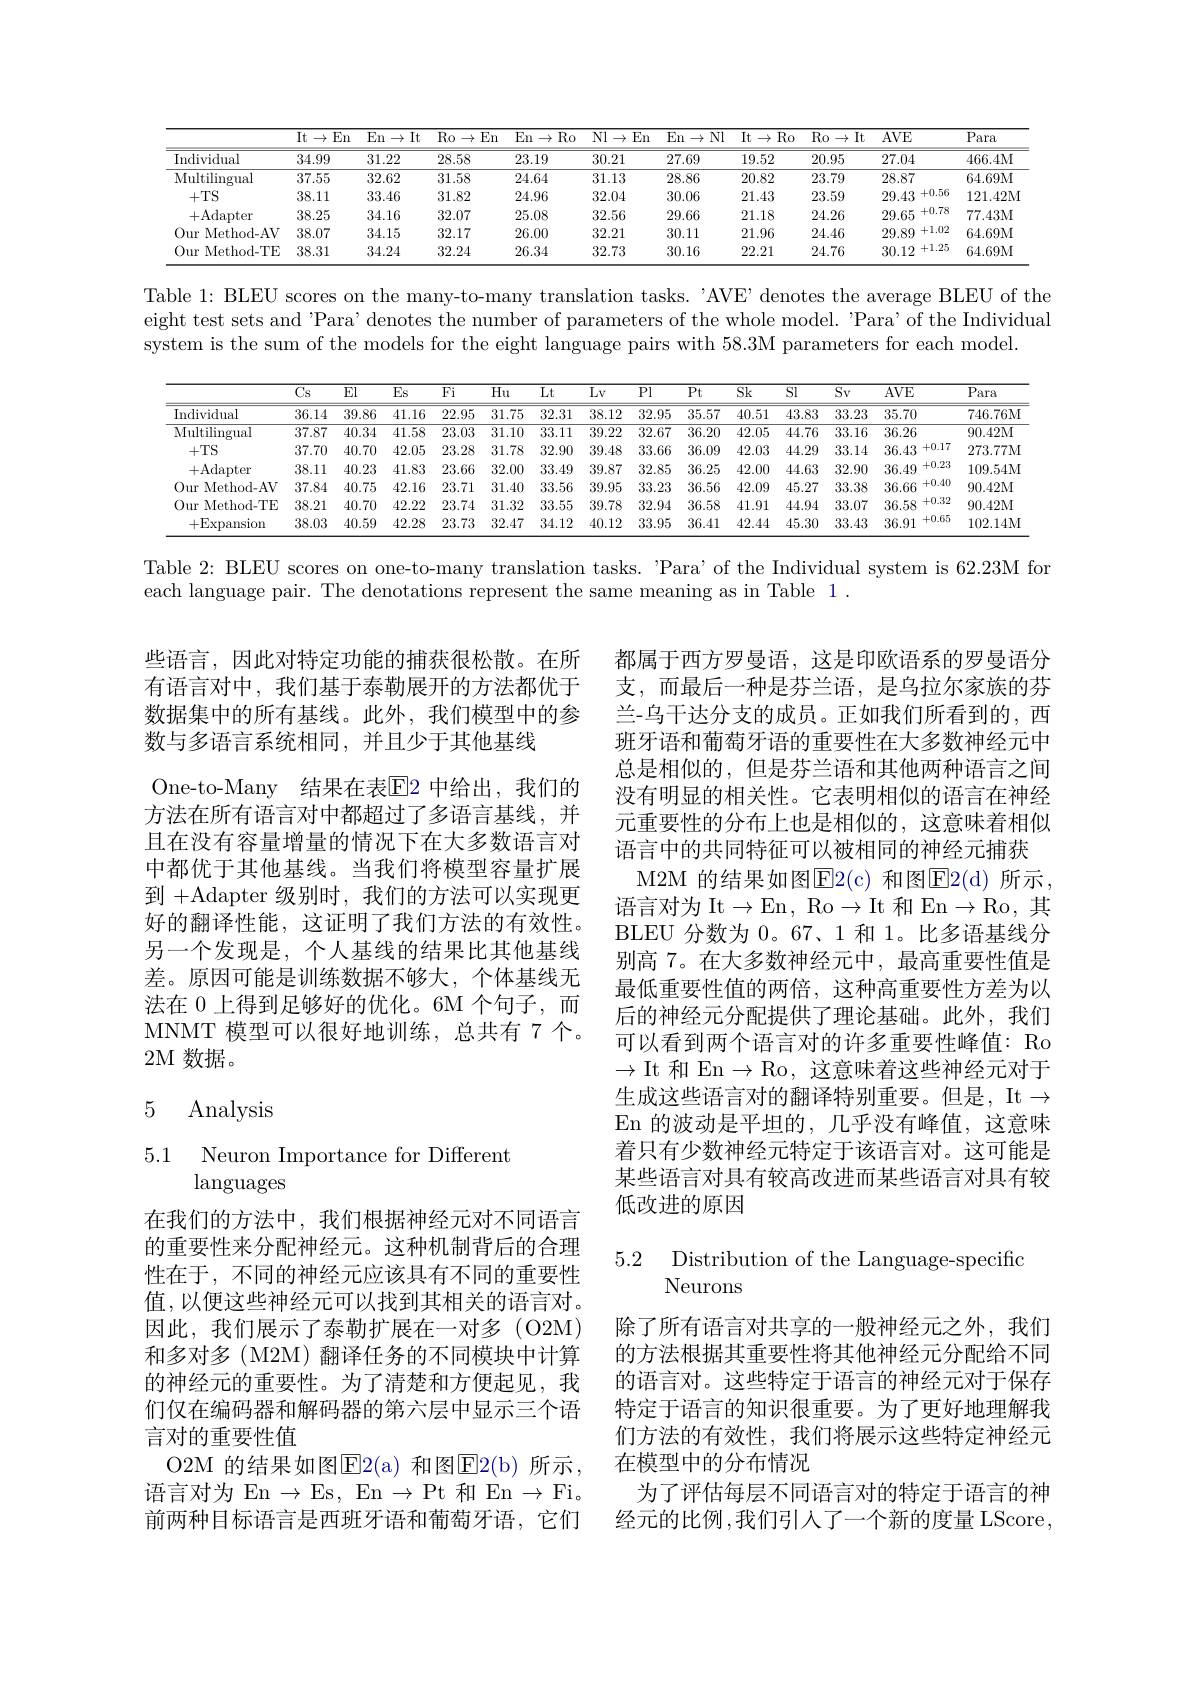
<table>
	<tbody>
		<tr>
			<th> </th>
			<th>$\overline{\mathrm{It}\rightarrow}$ En $=\frac{1}{2}$ </th>
			<th>$\overline{\mathrm{En}\to\mathrm{It}}$</th>
			<th>$\overline{\mathrm{Ro}\rightarrow}$ En</th>
			<th>$\overline{\mathrm{En}\rightarrow}$ $Ro$</th>
			<th>$\overline{\mathrm{Nl}\to}$ $\operatorname{En}$</th>
			<th>En $Nl$ $\rightarrow$</th>
			<th>$\overline{\mathrm{It}\rightarrow}$ Ro</th>
			<th>$\overline{\mathrm{Ro}\to\mathrm{It}}$</th>
			<th>$AVE$</th>
			<th>$\overline{\text{Para}}$</th>
		</tr>
		<tr>
			<td>Individual</td>
			<td>34.99</td>
			<td>31.22</td>
			<td>28.58</td>
			<td>23.19</td>
			<td>30.21</td>
			<td>27.69</td>
			<td>19.52</td>
			<td>20.95</td>
			<td>27.04</td>
			<td>466.4M</td>
		</tr>
		<tr>
			<td>Multilingual</td>
			<td>37.55</td>
			<td>32.62</td>
			<td>31.58</td>
			<td>24.64</td>
			<td>31.13</td>
			<td>28.86</td>
			<td>20.82</td>
			<td>23.79</td>
			<td>28.87</td>
			<td>64.69M</td>
		</tr>
		<tr>
			<td>+TS</td>
			<td>38.11</td>
			<td>33.46</td>
			<td>31.82</td>
			<td>24.96</td>
			<td>32.04</td>
			<td>30.06</td>
			<td>21.43</td>
			<td>23.59</td>
			<td>+0.56 29.43</td>
			<td>121.42M</td>
		</tr>
		<tr>
			<td>+Adapter</td>
			<td>38.25</td>
			<td>34.16</td>
			<td>32.07</td>
			<td>25.08</td>
			<td>32.56</td>
			<td>29.66</td>
			<td>21.18</td>
			<td>24.26</td>
			<td>+0.78 29.65</td>
			<td>77.43M</td>
		</tr>
		<tr>
			<td>Our Method- AV 11</td>
			<td>38.07</td>
			<td>34.15</td>
			<td>32.17</td>
			<td>26.00</td>
			<td>32.21</td>
			<td>30.11</td>
			<td>21.96</td>
			<td>24.46</td>
			<td>+1.02 29.89</td>
			<td>64.69M</td>
		</tr>
		<tr>
			<td>Our Method- TE </td>
			<td>38.31</td>
			<td>34.24</td>
			<td>32.24</td>
			<td>26.34</td>
			<td>32.73</td>
			<td>30.16</td>
			<td>22.21</td>
			<td>24.76</td>
			<td>+1.25 30.12</td>
			<td>64.69M</td>
		</tr>
	</tbody>
</table>

Table 1: BLEU scores on the many-to-many translation tasks. 'AVE’denotes the average BLEU of the eight test sets and 'Para’denotes the number of parameters of the whole model. "Para’of the Individual system is the sum of the models for the eight language pairs with 58.3M parameters for each model.

<FigureHere>

Table 2: BLEU scores on one-to-many translation tasks. 'Para’of the Individual system is 62.23M for

each language pair. The denotations represent the same meaning as in Table 1 .

些语言，因此对特定功能的捕获很松散。在所有语言对中，我们基于泰勒展开的方法都优于数据集中的所有基线。此外，我们模型中的参数与多语言系统相同，并且少于其他基线
One-to-Many 结果在表$\overline{\mathrm{E}}$2 中给出，我们的方法在所有语言对中都超过了多语言基线，并且在没有容量增量的情况下在大多数语言对中都优于其他基线。当我们将模型容量扩展到+Adapter 级别时，我们的方法可以实现更好的翻译性能，这证明了我们方法的有效性。另一个发现是，个人基线的结果比其他基线差。原因可能是训练数据不够大，个体基线无法在 0 上得到足够好的优化。6M 个句子，而MNMT 模型可以很好地训练，总共有 7 个。2M 数据。

都属于西方罗曼语，这是印欧语系的罗曼语分支，而最后一种是芬兰语，是乌拉尔家族的芬兰-乌干达分支的成员。正如我们所看到的，西班牙语和葡萄牙语的重要性在大多数神经元中总是相似的，但是芬兰语和其他两种语言之间没有明显的相关性。它表明相似的语言在神经元重要性的分布上也是相似的，这意味着相似语言中的共同特征可以被相同的神经元捕获
M2M 的结果如图E$2( c)$ 和图E$2( d)$ 所示， 语言对为 It$\to$En, Ro$\to$It 和 En$\to$Ro,其BLEU 分数为0。67、1 和 1。比多语基线分别高 7。在大多数神经元中，最高重要性值是最低重要性值的两倍，这种高重要性方差为以后的神经元分配提供了理论基础。此外，我们可以看到两个语言对的许多重要性峰值：Ro $\to$It 和 En$\to$Ro,这意味着这些神经元对于生成这些语言对的翻译特别重要。但是，It$\to$ En 的波动是平坦的，几乎没有峰值，这意味着只有少数神经元特定于该语言对。这可能是某些语言对具有较高改进而某些语言对具有较低改进的原因

## 5 Analysis

5.1 Neuron Importance for Different
languages

5.2 Distribution of the Language-specifio
## Neurons

在我们的方法中，我们根据神经元对不同语言的重要性来分配神经元。这种机制背后的合理性在于，不同的神经元应该具有不同的重要性值，以便这些神经元可以找到其相关的语言对。因此，我们展示了泰勒扩展在一对多(O2M) 和多对多(M2M)翻译任务的不同模块中计算的神经元的重要性。为了清楚和方便起见，我们仅在编码器和解码器的第六层中显示三个语言对的重要性值
O2M 的结果如图E$2( a)$ 和图E$2( b)$ 所示， 语言对为 En $\to$Es, En $\to$Pt 和 En $\to$Fi。前两种目标语言是西班牙语和葡萄牙语，它们

除了所有语言对共享的一般神经元之外，我们的方法根据其重要性将其他神经元分配给不同的语言对。这些特定于语言的神经元对于保存特定于语言的知识很重要。为了更好地理解我们方法的有效性，我们将展示这些特定神经元在模型中的分布情况
为了评估每层不同语言对的特定于语言的神经元的比例 ,我们引入了一个新的度量 LScore ,